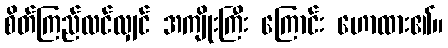
စိတ်ကြည်လင်လျှင် အကျိုးကြီး ကြောင်း ဟောထား၏။